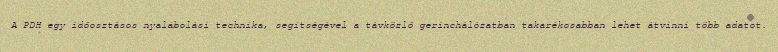
A PDH egy időosztásos nyalábolási technika, segítségével a távközlő gerinchálózatban takarékosabban lehet átvinni több adatot.